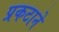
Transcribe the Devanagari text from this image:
प्रकटाने